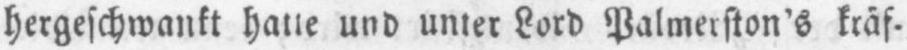
hergeschwankt hatte und unter Lord Palmerston’s kräf-